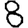
Digit: 8